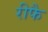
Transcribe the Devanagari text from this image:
रीफै